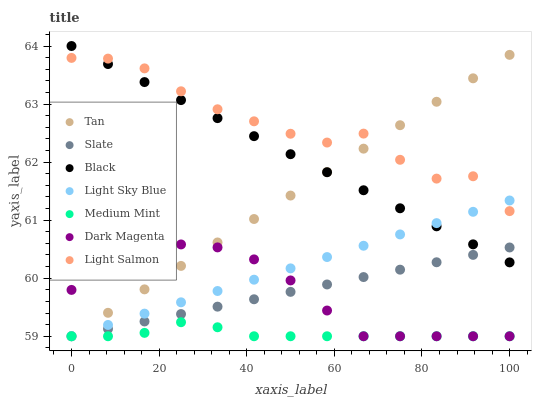
| xaxis_label | Tan | Slate | Black | Light Sky Blue | Medium Mint | Dark Magenta | Light Salmon |
 | --- | --- | --- | --- | --- | --- | --- | --- |
 | 0 | 59 | 59 | 64 | 59 | 59 | 59.8 | 63.8 |
 | 8.33 | 59.4 | 59.1 | 63.7 | 59.2 | 59 | 60.2 | 63.8 |
 | 16.7 | 59.8 | 59.3 | 63.4 | 59.4 | 59.1 | 60.5 | 63.6 |
 | 25 | 60.2 | 59.4 | 63.1 | 59.6 | 59.2 | 60.6 | 63.2 |
 | 33.3 | 60.6 | 59.5 | 62.8 | 59.8 | 59.2 | 60.5 | 62.9 |
 | 41.7 | 61 | 59.6 | 62.4 | 60 | 59 | 60.3 | 62.7 |
 | 50 | 61.4 | 59.8 | 62.1 | 60.2 | 59 | 60 | 62.5 |
 | 58.3 | 61.8 | 59.9 | 61.8 | 60.4 | 59 | 59.4 | 62.3 |
 | 66.7 | 62.2 | 60 | 61.5 | 60.6 | 59 | 59 | 62.5 |
 | 75 | 62.6 | 60.1 | 61.2 | 60.8 | 59 | 59 | 62 |
 | 83.3 | 63 | 60.3 | 60.9 | 60.9 | 59 | 59 | 61.7 |
 | 91.7 | 63.4 | 60.4 | 60.6 | 61.1 | 59 | 59 | 61.8 |
 | 100 | 63.8 | 60.5 | 60.3 | 61.3 | 59 | 59 | 61.2 |